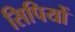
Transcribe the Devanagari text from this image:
सिपियों